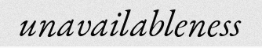
unavailableness